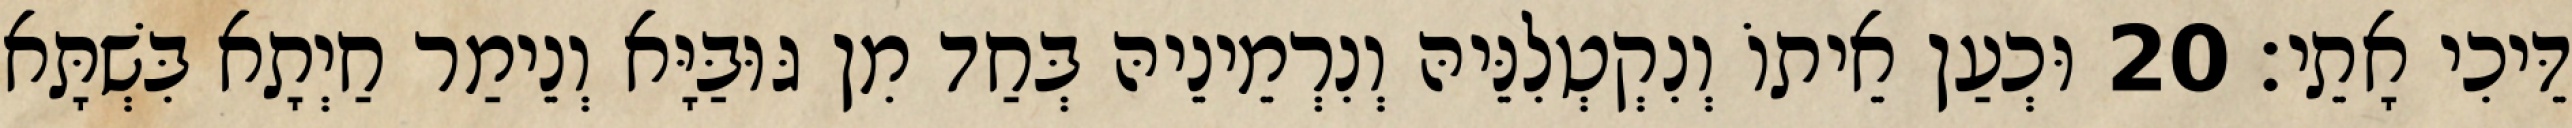
דֵּיכִי אָתֵי׃ 20 וּכְעַן אֵיתוֹ וְנִקְטְלִנֵּיהּ וְנִרְמֵינֵיהּ בְּחַד מִן גּוּבַּיָּא וְנֵימַר חַיְתָא בִּשְׁתָּא